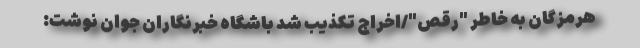
هرمزگان به خاطر "رقص"/اخراج تکذیب شد باشگاه خبرنگاران جوان نوشت: